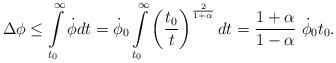
LaTeX: \begin{align*}\Delta\phi \leq \int\limits_{t_0}^\infty \dot\phi dt = \dot\phi_0\int\limits_{t_0}^\infty \left({t_0\over t}\right)^{2\over 1+\alpha}dt = {1+\alpha\over 1-\alpha}~\dot\phi_0 t_0 .\end{align*}